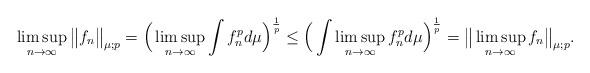
LaTeX: \begin{align*}\limsup_{n\to \infty}\big\| f_n \big\|_{\mu;p}= \Big ( \limsup_{n\to \infty} \int f^p_n d\mu \Big)^{\frac{1}{p}}\leq \Big ( \int \limsup_{n\to \infty} f^p_n d\mu \Big)^{\frac{1}{p}}= \big\| \limsup_{n\to \infty} f_n \big\|_{\mu;p}.\end{align*}